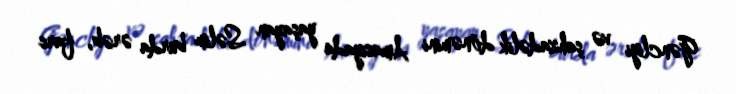
Gəncliyi və şahzadəlik dönəmini Amasiyada yaşayan Səlim burda ərəb, fars